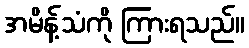
အမိန့်သံကို ကြားရသည်။